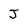
Character: J